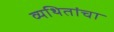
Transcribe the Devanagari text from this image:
व्यथितांचा